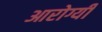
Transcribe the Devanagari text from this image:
आरोग्यी